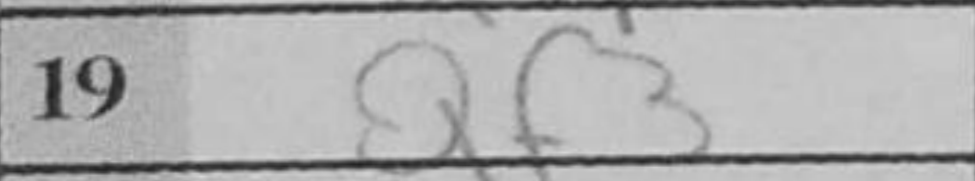
Transcription: Qf3